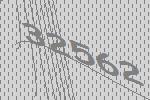
32562